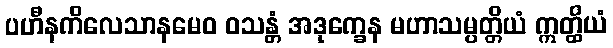
ပဟီနကိလေသာနမေဝ ဝသန္တံ အဒုက္ခေန မဟာသမ္ပတ္တိယံ ဣတ္ထိယံ